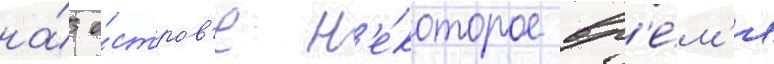
на́ о́стров'е н'е́которое вр'е́м'я